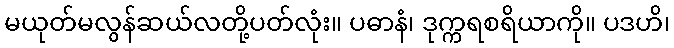
မယုတ်မလွန်ဆယ်လတို့ပတ်လုံး။ ပဓာနံ၊ ဒုက္ကရစရိယာကို။ ပဒဟိ၊